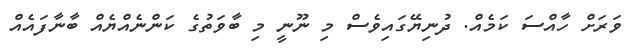
ވަރަށް ހާއްސަ ކަމެއް. ދުނިޔޭގައިވެސް މި ނޫނީ މި ބާވަތުގެ ކަންނެއްޔެއް ބާނާފައެއް